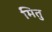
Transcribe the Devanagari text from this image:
मितु